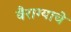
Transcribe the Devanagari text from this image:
बैराग्याचे